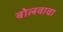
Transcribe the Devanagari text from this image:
बोलवावा